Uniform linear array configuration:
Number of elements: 16
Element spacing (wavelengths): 0.75
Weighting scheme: hamming
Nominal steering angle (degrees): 60
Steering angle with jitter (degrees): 59.586
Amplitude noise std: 0.05
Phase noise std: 0.05

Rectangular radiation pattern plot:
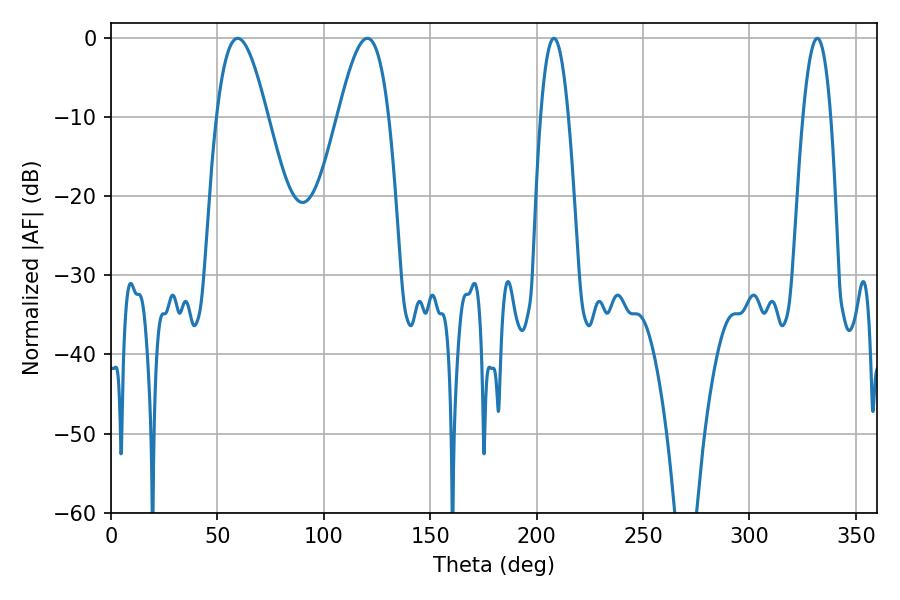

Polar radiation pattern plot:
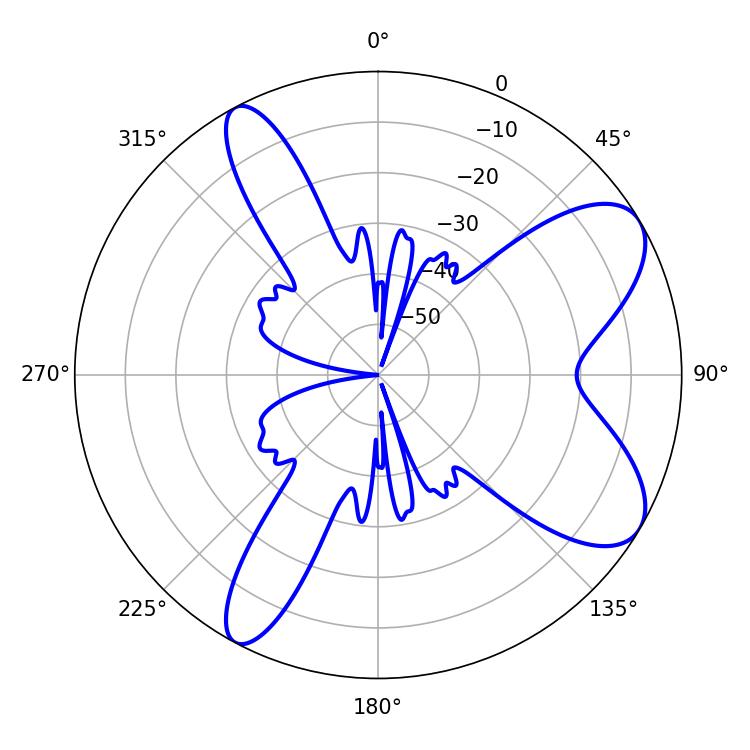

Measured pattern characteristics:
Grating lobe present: TRUE
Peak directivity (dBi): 8.19
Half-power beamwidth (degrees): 12.96
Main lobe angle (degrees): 59.58